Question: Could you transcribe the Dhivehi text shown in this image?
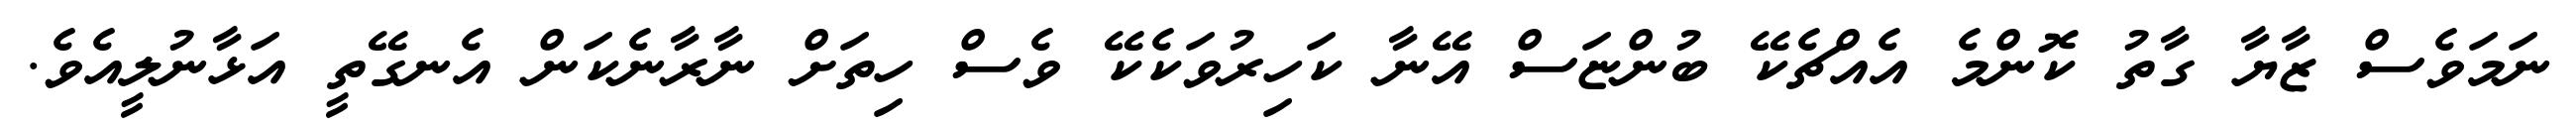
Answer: ނަމަވެސް ޒާޔާ ގާތު ކޮންމެ އެއްޗެކޭ ބުންޏަސް އޭނާ ކަހިރުވަކެކޭ ވެސް ހިތަށް ނާރާނެކަން އެނގޭތީ އަޅާނުލީއެވެ.